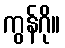
ကွန်ဂို။